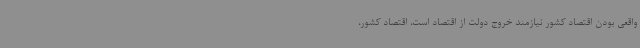
واقعی بودن اقتصاد کشور نیازمند خروج دولت از اقتصاد است، اقتصاد کشور،